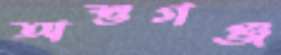
অশুগঞ্জ